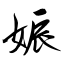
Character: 娠